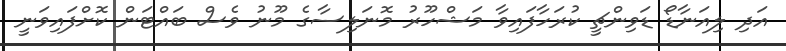
އަދި ލިއަނާޑޯ ޑަވިންޗީ ކުރަހާފައިވާ މަޝްހޫރު މޮނަލިސާގެ މޫނު ވެސް ބައްޓަން ކޮށްފައިވަނީ